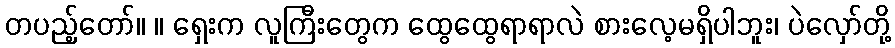
တပည့်တော်။ ။ ရှေးက လူကြီးတွေက ထွေထွေရာရာလဲ စားလေ့မရှိပါဘူး၊ ပဲလှော်တို့